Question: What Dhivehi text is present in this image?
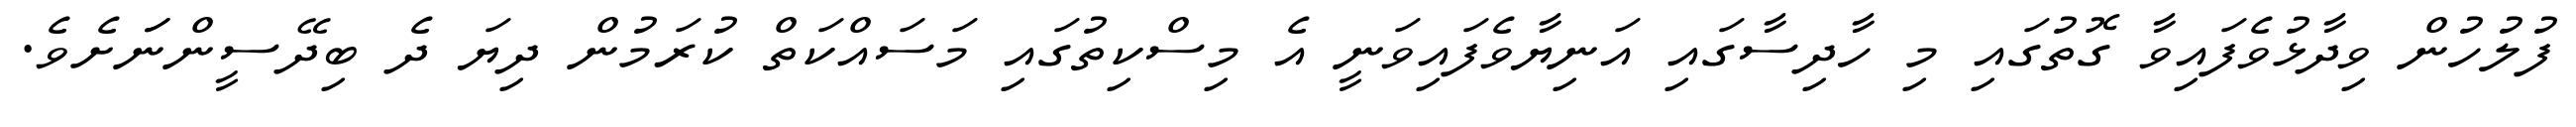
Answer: ފުލުހުން ވިދާޅުވެފައިވާ ގޮތުގައި މި ހާދިސާގައި އަނިޔާވެފައިވަނީ އެ މިސްކިތުގައި މަސައްކަތް ކުރަމުން ދިޔަ ދެ ބިދޭސީންނަަށެވެ.